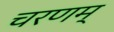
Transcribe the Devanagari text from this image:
चरणम्‌